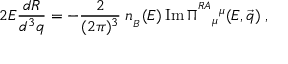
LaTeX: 2 E { \frac { d R } { d ^ { 3 } q } } = - { \frac { 2 } { ( 2 \pi ) ^ { 3 } } } \; n _ { _ B } ( E ) \, \mathrm { I m } \, \Pi ^ { ^ { R A } } { } _ { \mu } { } ^ { \mu } ( E , { \vec { q } } ) \; ,